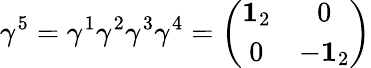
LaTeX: \gamma^{5}=\gamma^{1}\gamma^{2}\gamma^{3}\gamma^{4}=\left(\begin{array}{cc}{{{\mathbf 1}_{2}}}&{{0}}\\ {{0}}&{{-{\mathbf 1}_{2}}}\end{array}\right)